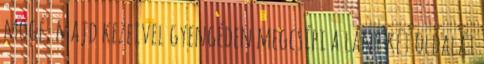
mögé, majd kezeivel gyengéden megcsípi a lány két oldalát